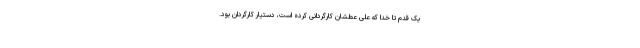
یک قدم تا خدا که علی عطشان کارگردانی کرده است، دستیار کارگردان بود.